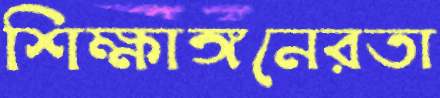
শিক্ষাঙ্গনেরতা